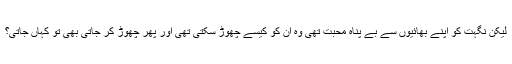
لیکن نگہت کو اپنے بھائیوں سے بے پناہ محبت تھی وہ ان کو کیسے چھوڑ سکتی تھی اور پھر چھوڑ کر جاتی بھی تو کہاں جاتی؟